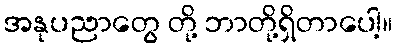
အနုပညာတွေ တို့ ဘာတို့ရှိတာပေါ့။